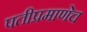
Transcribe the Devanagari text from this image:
पतीप्रमाणेच